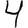
Digit: 4